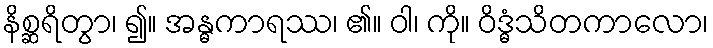
နိစ္ဆရိတွာ၊ ၍။ အန္ဓကာရဿ၊ ၏။ ဝါ၊ ကို။ ဝိဒ္ဓံသိတကာလော၊